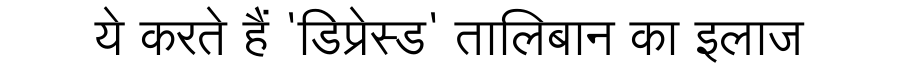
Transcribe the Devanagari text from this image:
ये करते हैं 'डिप्रेस्ड' तालिबान का इलाज